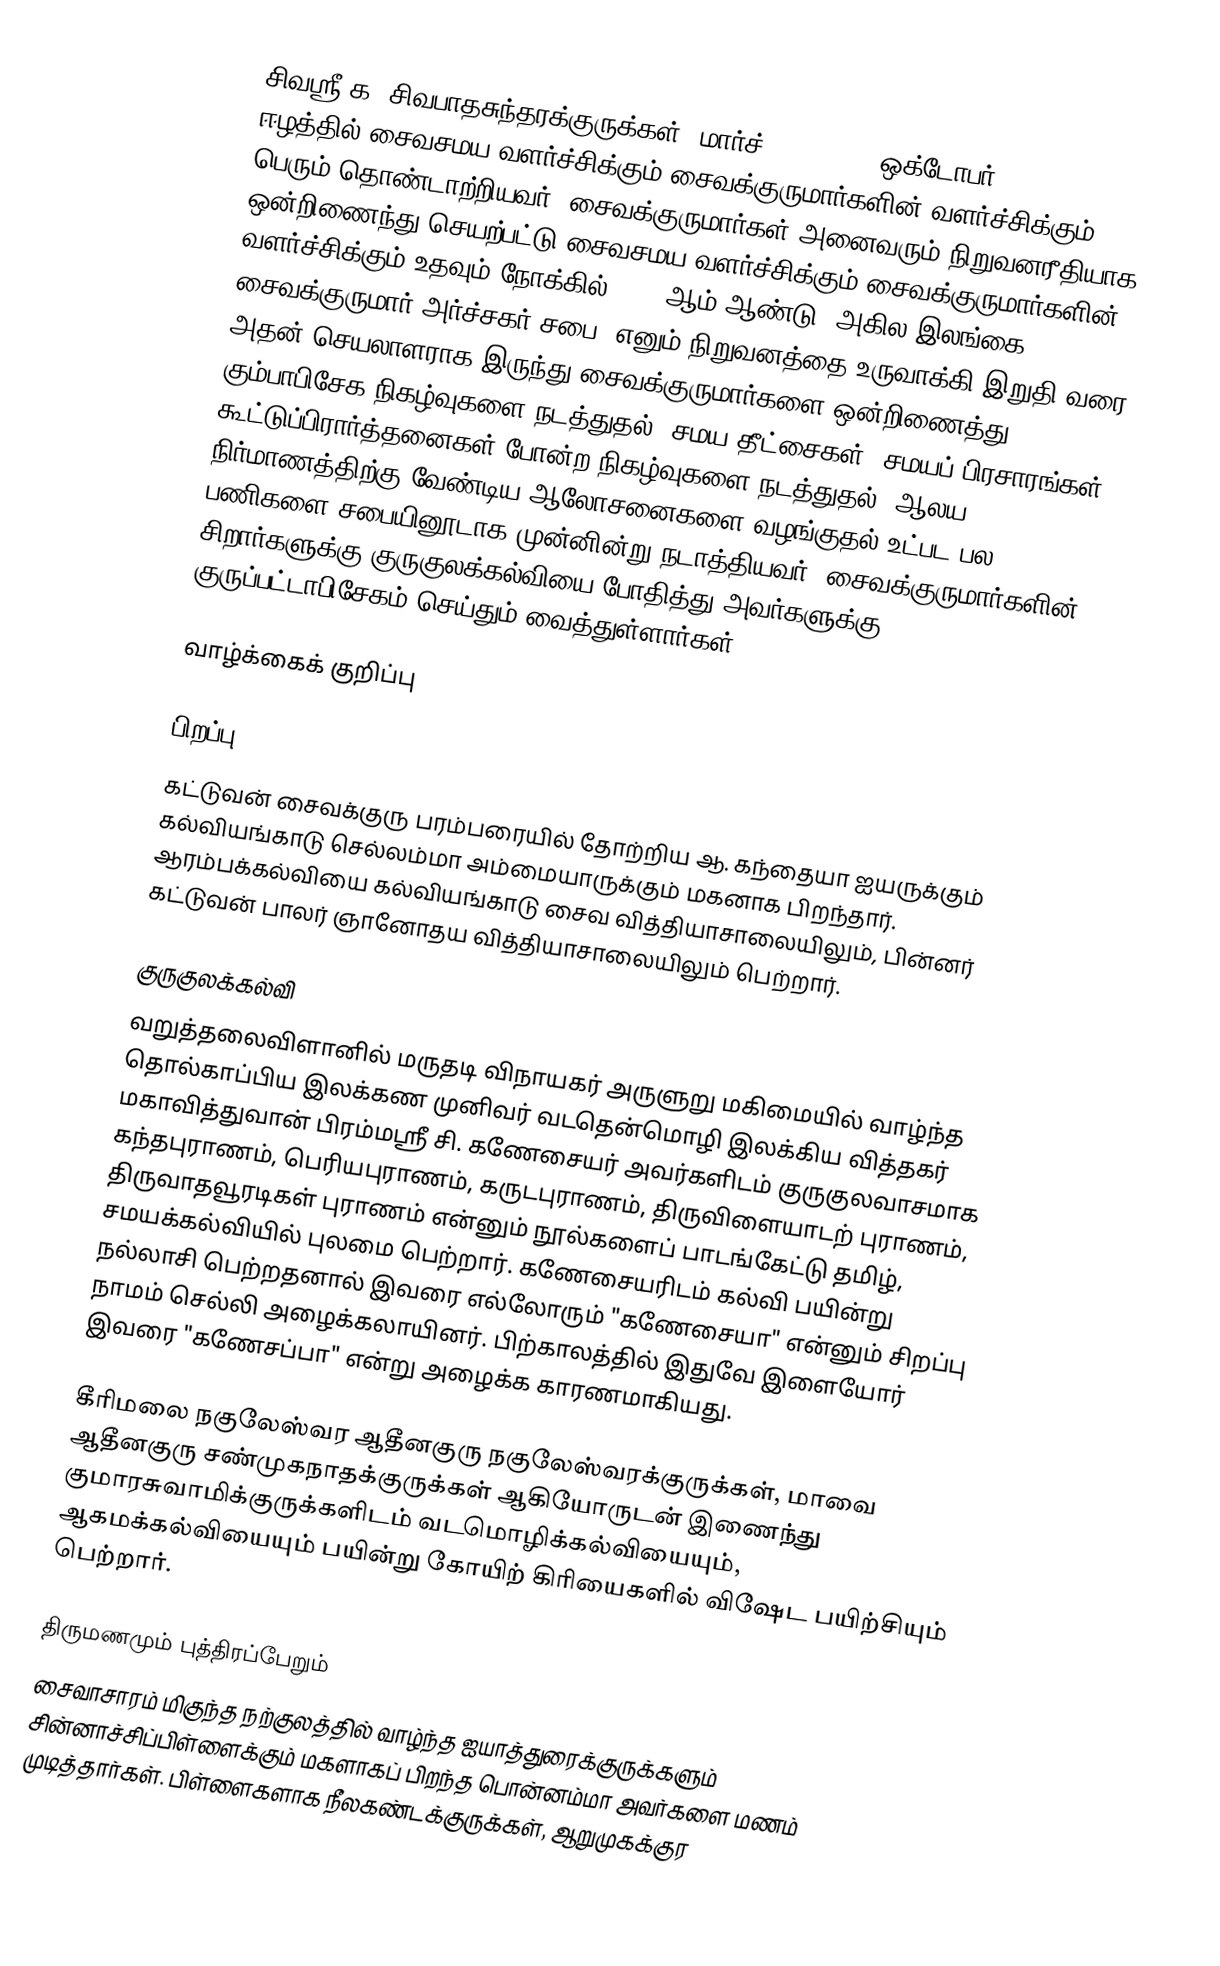
சிவஸ்ரீ க. சிவபாதசுந்தரக்குருக்கள் (மார்ச் 11, 1926 - ஒக்டோபர் 21, 1994) ஈழத்தில் சைவசமய வளர்ச்சிக்கும் சைவக்குருமார்களின் வளர்ச்சிக்கும் பெரும் தொண்டாற்றியவர். சைவக்குருமார்கள் அனைவரும் நிறுவனரீதியாக ஒன்றிணைந்து செயற்பட்டு சைவசமய வளர்ச்சிக்கும் சைவக்குருமார்களின் வளர்ச்சிக்கும் உதவும் நோக்கில் 1971 ஆம் ஆண்டு "அகில இலங்கை சைவக்குருமார் அர்ச்சகர் சபை" எனும் நிறுவனத்தை உருவாக்கி இறுதி வரை அதன் செயலாளராக இருந்து சைவக்குருமார்களை ஒன்றிணைத்து கும்பாபிசேக நிகழ்வுகளை நடத்துதல்,  சமய தீட்சைகள், சமயப் பிரசாரங்கள், கூட்டுப்பிரார்த்தனைகள் போன்ற நிகழ்வுகளை நடத்துதல், ஆலய நிர்மாணத்திற்கு வேண்டிய ஆலோசனைகளை வழங்குதல் உட்பட பல பணிகளை சபையினூடாக முன்னின்று நடாத்தியவர். சைவக்குருமார்களின் சிறார்களுக்கு குருகுலக்கல்வியை போதித்து அவர்களுக்கு குருப்பட்டாபிசேகம் செய்தும் வைத்துள்ளார்கள்.

வாழ்க்கைக் குறிப்பு

பிறப்பு
கட்டுவன் சைவக்குரு பரம்பரையில் தோற்றிய ஆ. கந்தையா ஐயருக்கும் கல்வியங்காடு செல்லம்மா அம்மையாருக்கும் மகனாக பிறந்தார். ஆரம்பக்கல்வியை கல்வியங்காடு சைவ வித்தியாசாலையிலும், பின்னர் கட்டுவன் பாலர் ஞானோதய வித்தியாசாலையிலும் பெற்றார்.

குருகுலக்கல்வி
வறுத்தலைவிளானில் மருதடி விநாயகர் அருளுறு மகிமையில் வாழ்ந்த தொல்காப்பிய இலக்கண முனிவர் வடதென்மொழி இலக்கிய வித்தகர் மகாவித்துவான் பிரம்மஸ்ரீ சி. கணேசையர் அவர்களிடம் குருகுலவாசமாக கந்தபுராணம், பெரியபுராணம், கருடபுராணம், திருவிளையாடற் புராணம், திருவாதவூரடிகள் புராணம் என்னும் நூல்களைப் பாடங்கேட்டு தமிழ், சமயக்கல்வியில் புலமை பெற்றார். கணேசையரிடம் கல்வி பயின்று நல்லாசி பெற்றதனால் இவரை எல்லோரும் "கணேசையா" என்னும் சிறப்பு நாமம் செல்லி அழைக்கலாயினர். பிற்காலத்தில் இதுவே இளையோர் இவரை "கணேசப்பா" என்று அழைக்க காரணமாகியது.

கீரிமலை நகுலேஸ்வர ஆதீனகுரு நகுலேஸ்வரக்குருக்கள், மாவை ஆதீனகுரு சண்முகநாதக்குருக்கள் ஆகியோருடன் இணைந்து குமாரசுவாமிக்குருக்களிடம் வடமொழிக்கல்வியையும், ஆகமக்கல்வியையும் பயின்று கோயிற் கிரியைகளில் விஷேட பயிற்சியும் பெற்றார்.

திருமணமும் புத்திரப்பேறும்
சைவாசாரம் மிகுந்த நற்குலத்தில் வாழ்ந்த ஐயாத்துரைக்குருக்களும் சின்னாச்சிப்பிள்ளைக்கும் மகளாகப் பிறந்த பொன்னம்மா அவர்களை மணம் முடித்தார்கள். பிள்ளைகளாக நீலகண்டக்குருக்கள், ஆறுமுகக்குர